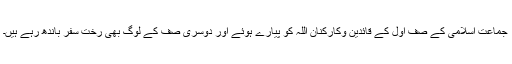
جماعت اسلامی کے صفِّ اول کے قائدین وکارکنان اللہ کو پیارے ہوئے اور دوسری صف کے لوگ بھی رخت سفر باندھ رہے ہیں۔